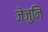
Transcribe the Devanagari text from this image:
जेजुनि